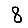
Digit: 8